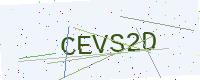
Text: CEVS2D